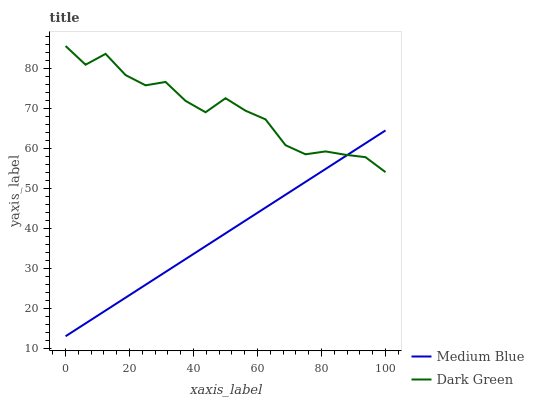
| xaxis_label | Medium Blue | Dark Green |
 | --- | --- | --- |
 | 0 | 13 | 85.6 |
 | 6.25 | 16.2 | 80.9 |
 | 12.5 | 19.4 | 83.6 |
 | 18.8 | 22.7 | 78.3 |
 | 25 | 25.9 | 75.8 |
 | 31.2 | 29.1 | 76.6 |
 | 37.5 | 32.3 | 71.9 |
 | 43.8 | 35.5 | 69 |
 | 50 | 38.7 | 72.5 |
 | 56.2 | 42 | 69.4 |
 | 62.5 | 45.2 | 67.3 |
 | 68.8 | 48.4 | 60.8 |
 | 75 | 51.6 | 58.5 |
 | 81.2 | 54.8 | 59.2 |
 | 87.5 | 58.1 | 58.4 |
 | 93.8 | 61.3 | 57.8 |
 | 100 | 64.5 | 54.1 |